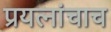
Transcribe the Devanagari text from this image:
प्रयत्‍नांचाच